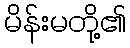
မိန်းမတို့၏